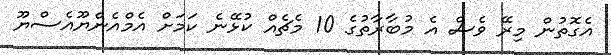
އެގޮތުން މިރޭ ވެސް އެ މުބާރާތުގެ 10 މެޗެއް ކުޅޭނެ ކަމަށް އެމްއެންޔޫއެސްޔޫ